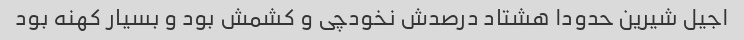
اجیل شیرین حدودا هشتاد درصدش نخودچی و کشمش بود و بسیار کهنه بود